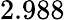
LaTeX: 2.988